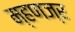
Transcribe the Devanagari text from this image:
म्हणज्र